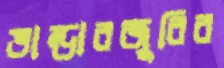
ভান্ডারজুরির